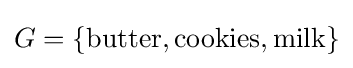
G=\lbrace {\text{butter}},{\text{cookies}},{\text{milk}}\rbrace